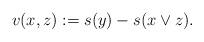
LaTeX: \begin{align*}v(x,z):= s(y)-s(x\vee z).\end{align*}